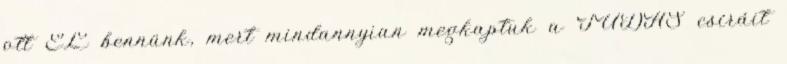
ott ÉL bennünk, mert mindannyian megkaptuk a TUDÁS csíráit